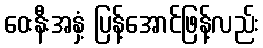
ဝေးနီးအနှံ့ ပြန့်အောင်ဖြန့်လည်း